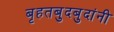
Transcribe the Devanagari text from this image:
बृहतबुदबुदांनी